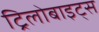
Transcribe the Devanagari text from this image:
ट्रिलोबाइट्स